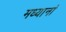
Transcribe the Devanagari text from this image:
मध्यानां